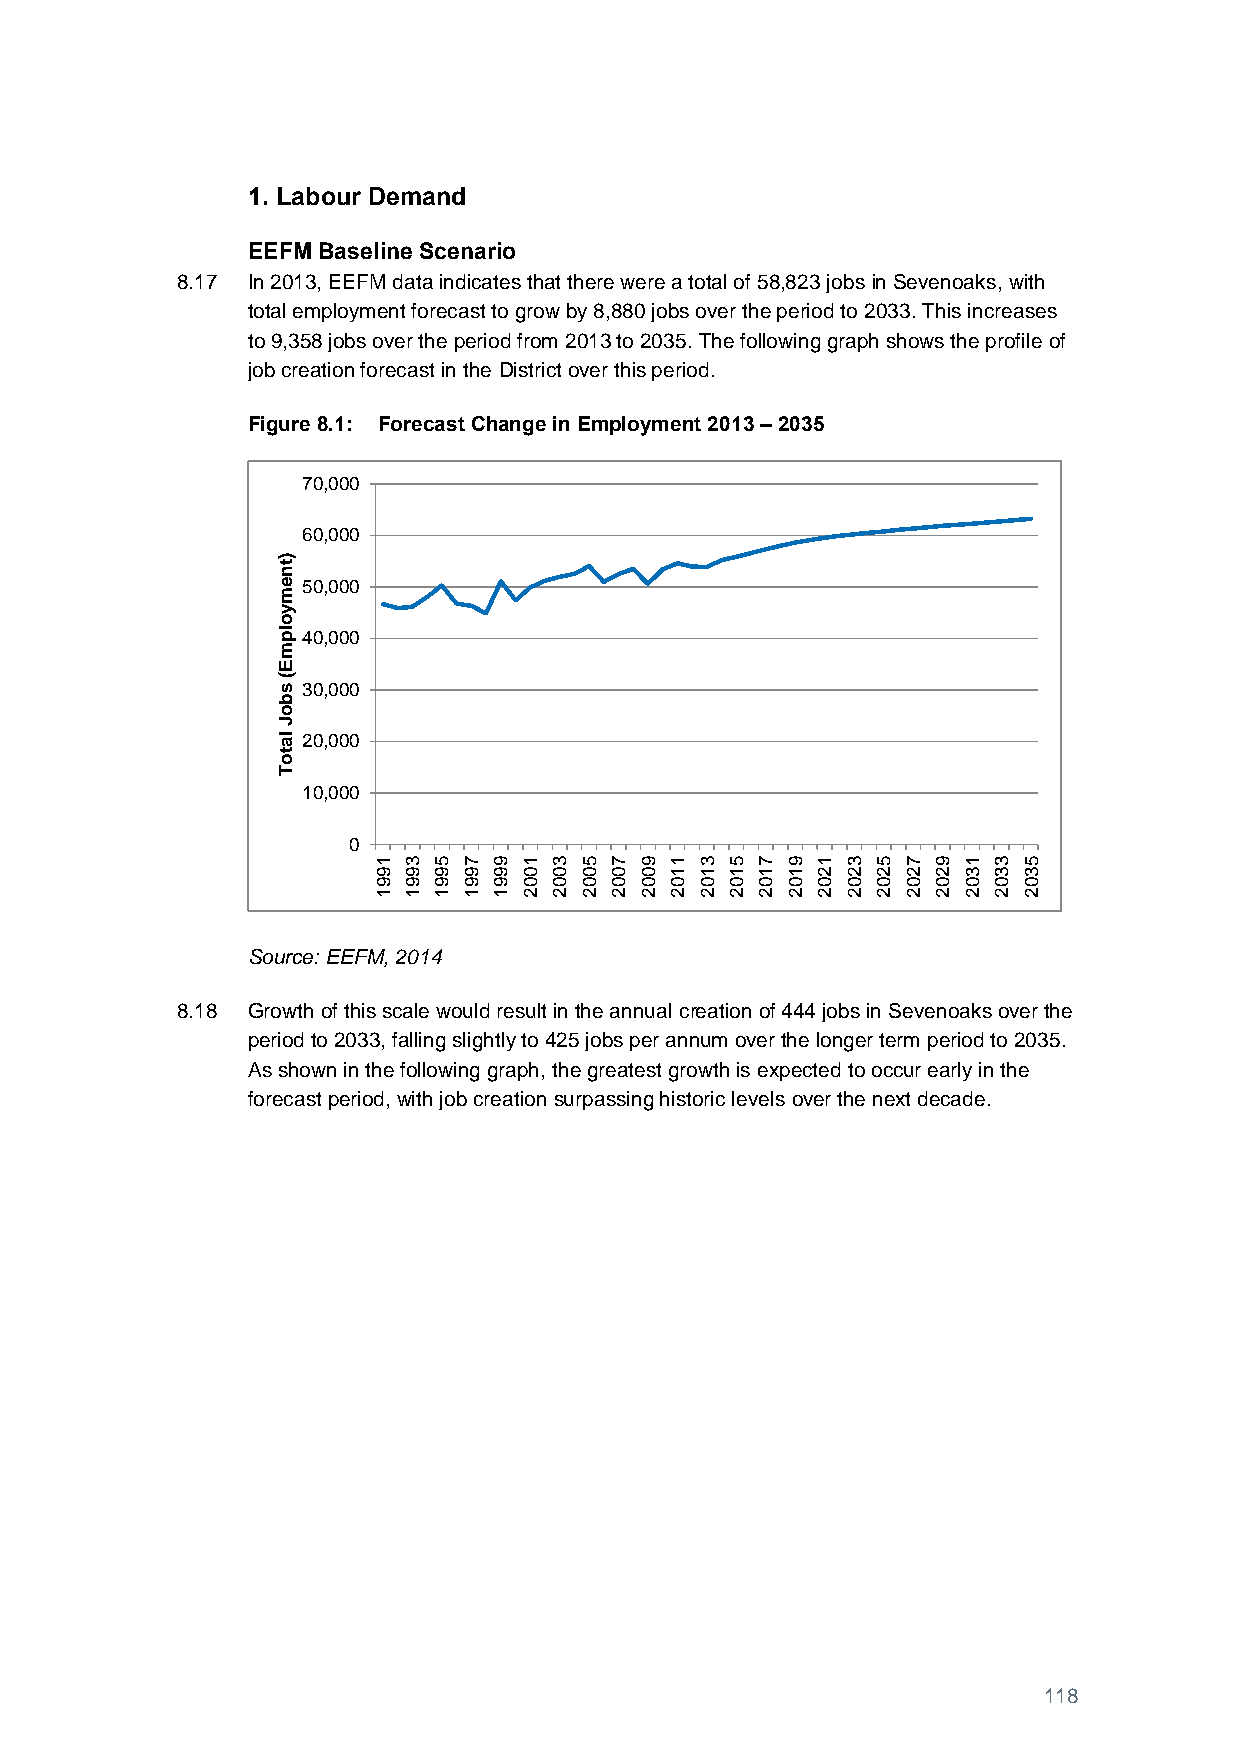
1. Labour Demand
 EEFM Baseline Scenario
 8.17 In 2013, EEFM data indicates that there were a total of 58,823 jobs in Sevenoaks, with
 total employment forecast to grow by 8,880 jobs over the period to 2033. This increases
 to 9,358 jobs over the period from 2013 to 2035. The following graph shows the profile of
 job creation forecast in the District over this period.
 Figure 8.1: Forecast Change in Employment 2013 – 2035
 70,000
 60,000
 )tn
 e 50,000
 m
 y
 o
 lp 40,000
 m
 E
 (
 s 30,000
 b
 o
 J
 la 20,000
 t
 o
 T
 10,000
 0
 1 3 5 7 9 1 3 5 7 9 1 3 5 7 9 1 3 5 7 9 1 3 5
 9 9 9 9 9 0 0 0 0 0 1 1 1 1 1 2 2 2 2 2 3 3 3
 9 9 9 9 9 0 0 0 0 0 0 0 0 0 0 0 0 0 0 0 0 0 0
 1 1 1 1 1 2 2 2 2 2 2 2 2 2 2 2 2 2 2 2 2 2 2
 Source: EEFM, 2014
 8.18 Growth of this scale would result in the annual creation of 444 jobs in Sevenoaks over the
 period to 2033, falling slightly to 425 jobs per annum over the longer term period to 2035.
 As shown in the following graph, the greatest growth is expected to occur early in the
 forecast period, with job creation surpassing historic levels over the next decade.
 118